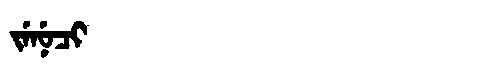
Manchu: ᠵᡝᠨᡠᠴᡳ
Romanization: JENUCI